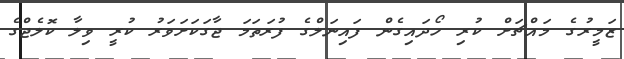
ޒަމީރުގެ މައްޗަށް ކުރި ހޯދައިގެން ފައިނަލްގެ ފުރަތަމަ ޖާގަކަށަވަރު ކުރީ ވިލާ ކޮލެޖްގެ